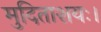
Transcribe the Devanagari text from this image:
मुदिताशयः।